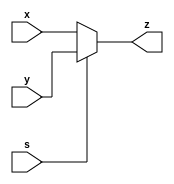
module mux1_2 (x,y,s,z);
input x,y,s;
output reg z;

always @(*)
begin
z = x;
if (s == 1)
z = y;
end

endmodule